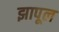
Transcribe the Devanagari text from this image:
झापूल